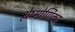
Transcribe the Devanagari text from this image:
श्लेष्मोर्णिका